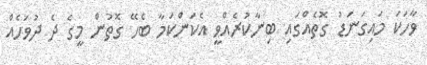
ވާހަކަ މައިގަނަޑު ގޮތެއްގައި ބިނާކުރެއްވީ އެކަންކަމާ ބެހޭ ގޮތުން މީގެ ދެ ދުވަހެއް